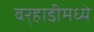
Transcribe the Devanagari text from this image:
वर्‍हाडीमध्ये